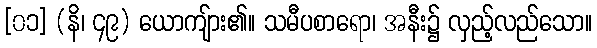
[၀၁] (နိ၊ ၄၉) ယောကျ်ား၏။ သမီပစာရော၊ အနီး၌ လှည့်လည်သော။